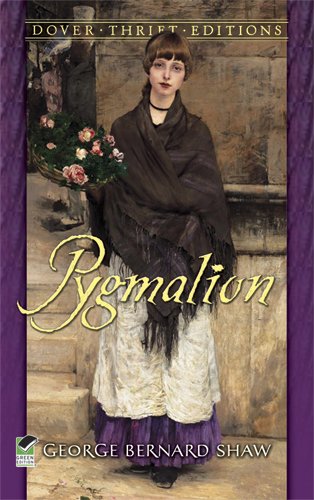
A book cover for Pygmalion (Dover Thrift Editions); George Bernard Shaw; Literature & Fiction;